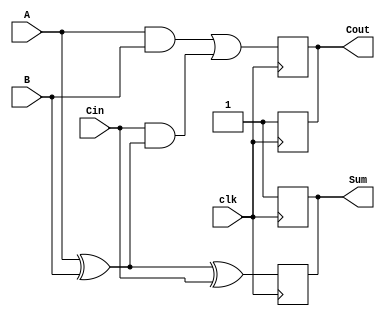
module dynamic_full_adder (
    input wire A,      // First input bit
    input wire B,      // Second input bit
    input wire Cin,    // Carry-in bit
    input wire clk,    // Clock signal
    output reg Sum,    // Sum output bit
    output reg Cout    // Carry-out output bit
);

    // Internal signals for the precharge and evaluation
    wire precharge;
    wire nA, nB, nCin;
    
    // Invert the inputs for evaluation
    assign nA = ~A;
    assign nB = ~B;
    assign nCin = ~Cin;

    // Precharge logic
    always @(posedge clk) begin
        // Precharge phase (set outputs to high)
        Sum <= 1'b1;
        Cout <= 1'b1;
    end

    // Evaluation logic
    always @(negedge clk) begin
        // Evaluate Sum = A  B  Cin
        Sum <= (A ^ B) ^ Cin;
        
        // Evaluate Cout = (A AND B) OR (Cin AND (A XOR B))
        Cout <= (A & B) | (Cin & (A ^ B));
    end

endmodule